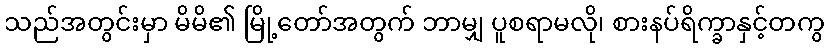
သည်အတွင်းမှာ မိမိ၏ မြို့တော်အတွက် ဘာမျှ ပူစရာမလို၊ စားနပ်ရိက္ခာနှင့်တကွ